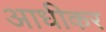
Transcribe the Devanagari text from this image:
आधीकर